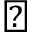
\blacktriangle